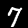
Digit: 7